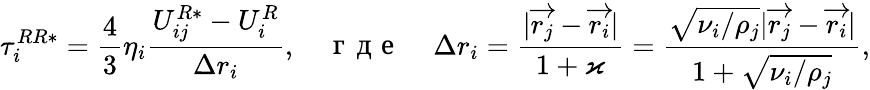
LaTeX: \tau_{i}^{RR*}=\frac{4}{3}\eta_{i}\frac{U_{ij}^{R*}-U_{i}^{R}}{\Delta r_{i}},\quad\mathrm{~г~д~е~}\quad\Delta r_{i}=\frac{|\overrightarrow{r_{j}}-\overrightarrow{r_{i}}|}{1+\varkappa}=\frac{\sqrt{\nu_{i}/\rho_{j}}|\overrightarrow{r_{j}}-\overrightarrow{r_{i}}|}{1+\sqrt{\nu_{i}/\rho_{j}}},